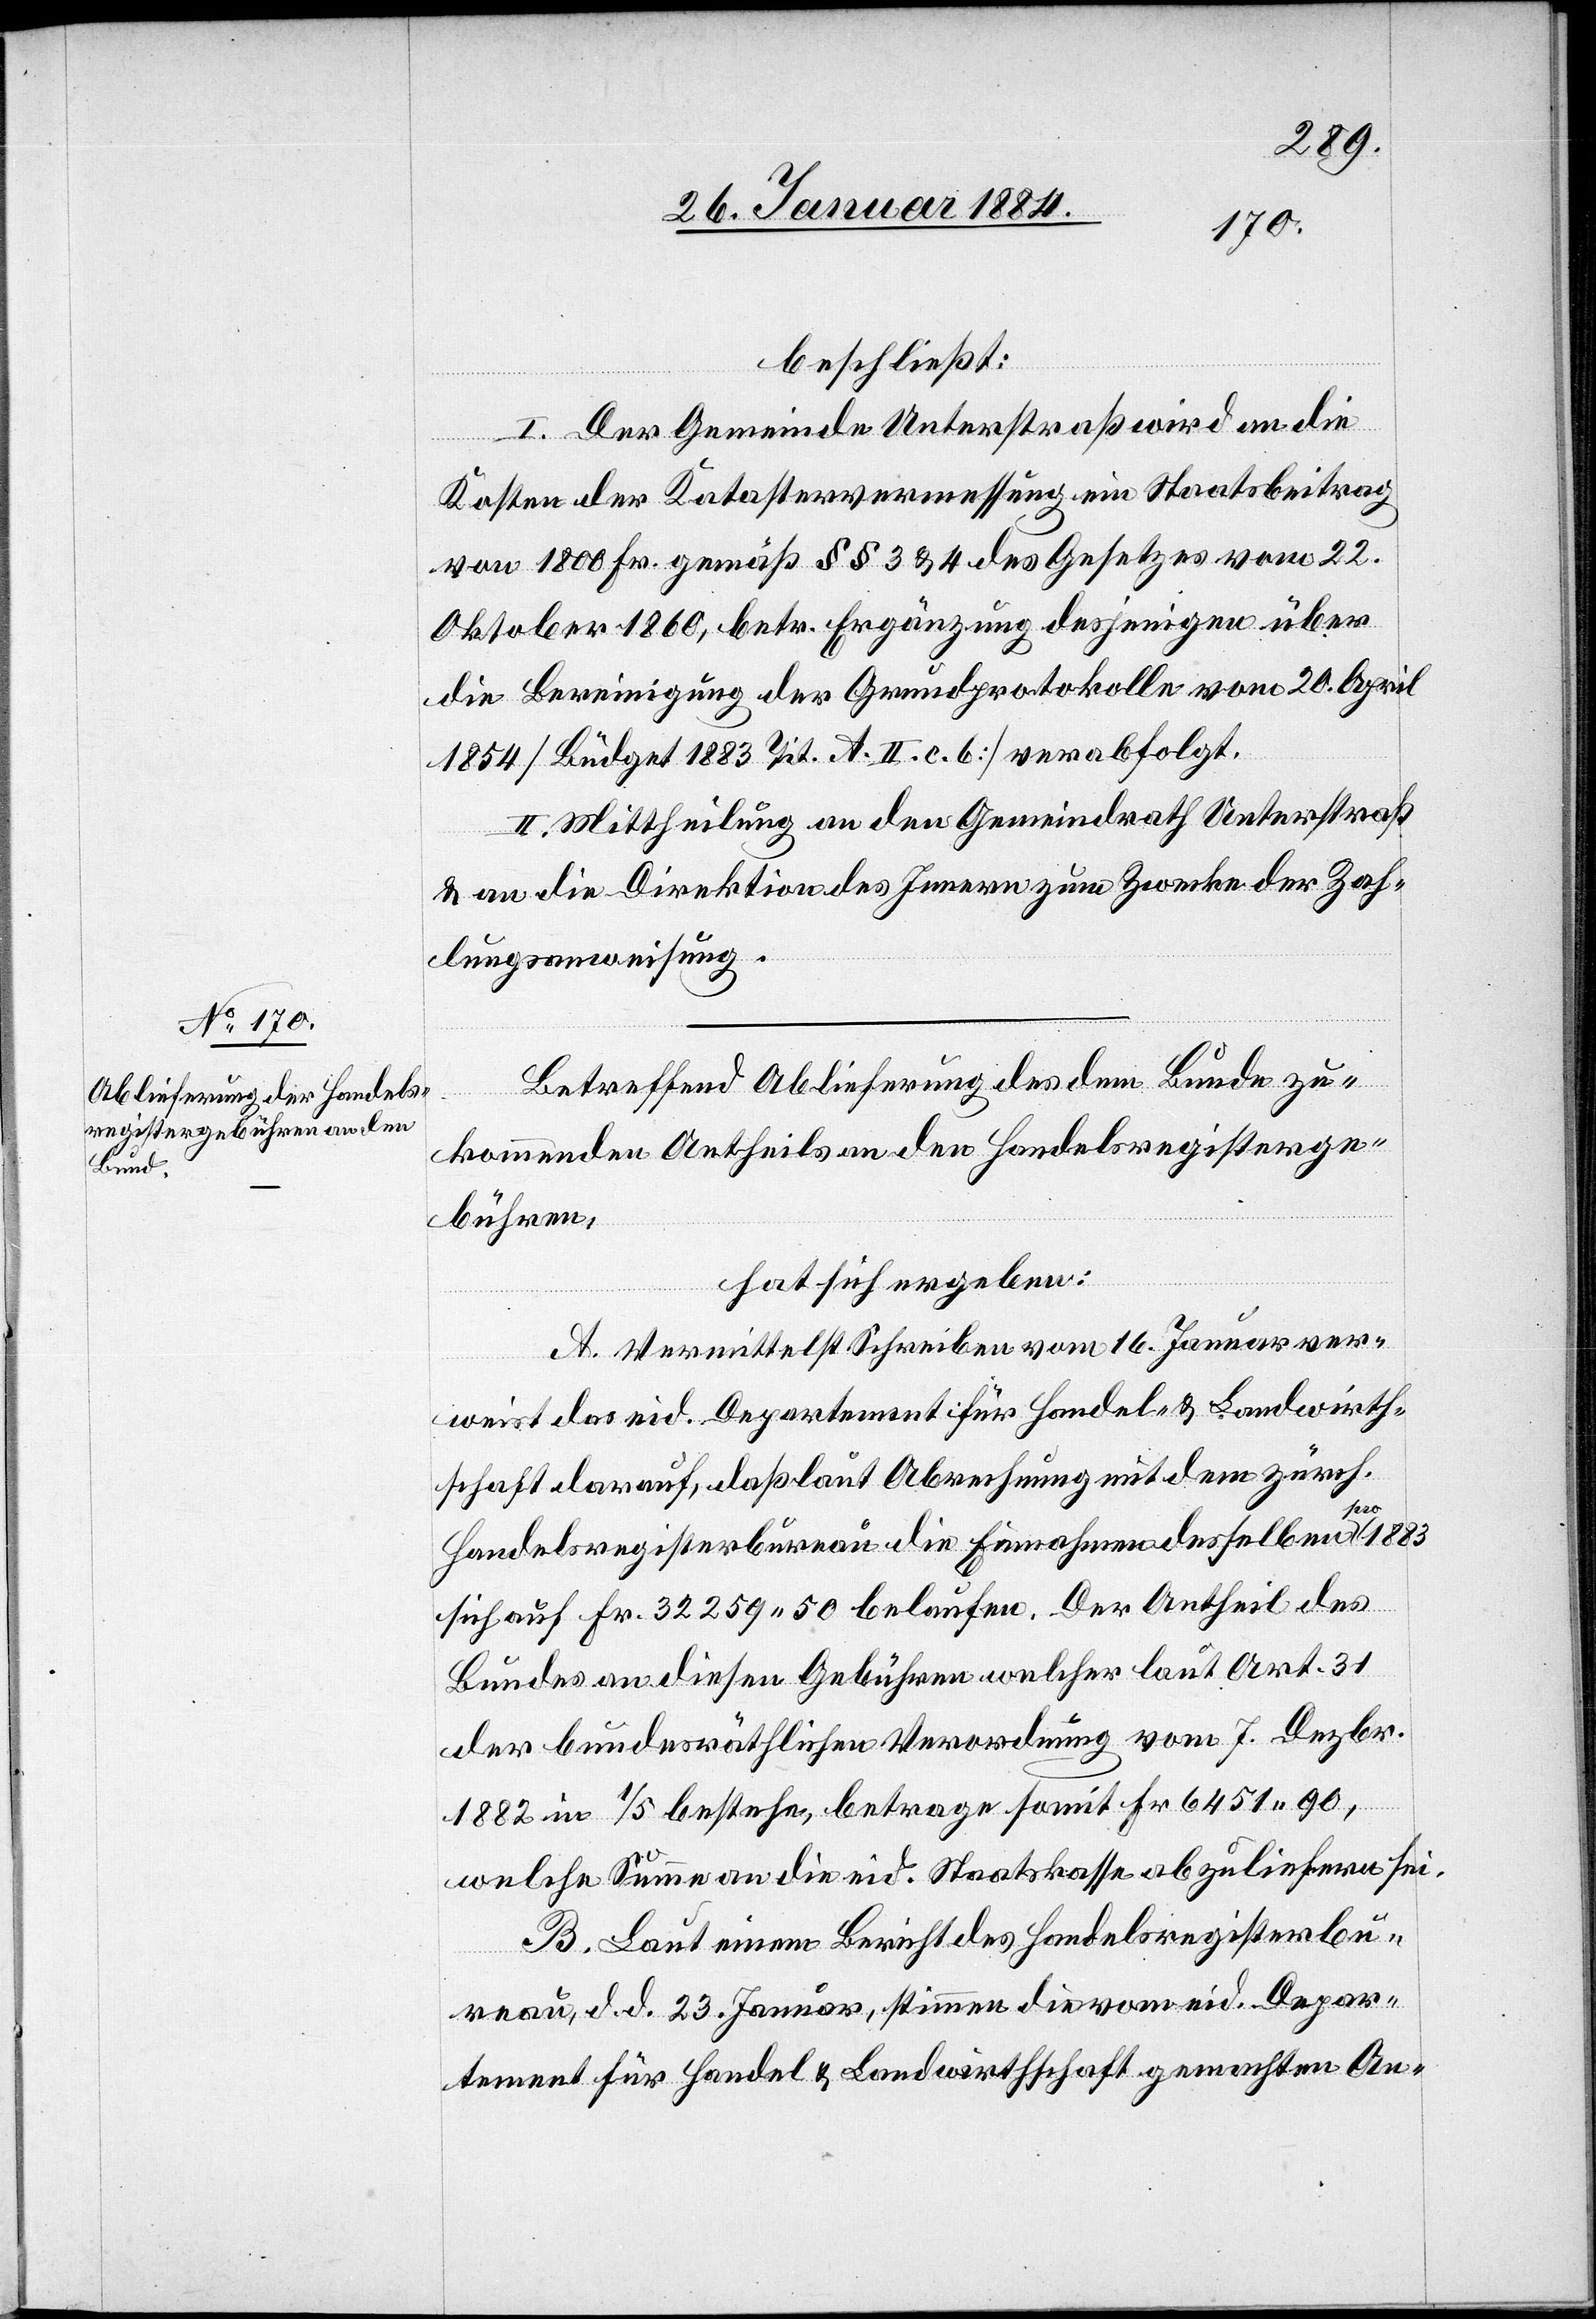
beschließt:
I. Der Gemeinde Unterstraß wird an die
Kosten der Katastervermessung ein Staatsbeitrag
von 1800 Fr. gemäß §§ 3 & 4 des Gesetzes von 22.
Oktober 1860, betr. Ergänzung desjenigen über
die Bereinigung der Grundprotokolle vom 20. April
1854 [Büdget 1883 Tit. A. II. c. 6] verabfolgt.
II. Mittheilung an den Gemeindrath Unterstraß
& an die Direktion des Innern zum Zwecke der Zah¬
lungsanweisung.
Betreffend Ablieferung des dem Bunde zu¬
kommenden Antheils an den Handelsregisterge¬
bühren,
hat sich ergeben:
A. Vermittelst Schreiben vom 16. Januar ver¬
weist das eid. Departement für Handel & Landwirth¬
schaft darauf, daß laut Abrechnung mit dem zürch.
Handelsregisterbureau die Einnahmen desselben pro 1883
sich auf Fr. 32,259 50 belaufen. Der Antheil des
Bundes an diesen Gebühren welcher laut Art. 31
der bundesräthlichen Verordnung vom 7. Dezbr.
1882 in 1/5 bestehe, betrage somit Fr. 6451 90,
welche Summe an die eid. Staatskasse abzuliefern sei.
B. Laut einem Bericht des Handelsregisterbu¬
reau, d. d. 23. Januar, stimmen die vom eid. Depar¬
tement für Handel & Landwirthschaft gemachten An-